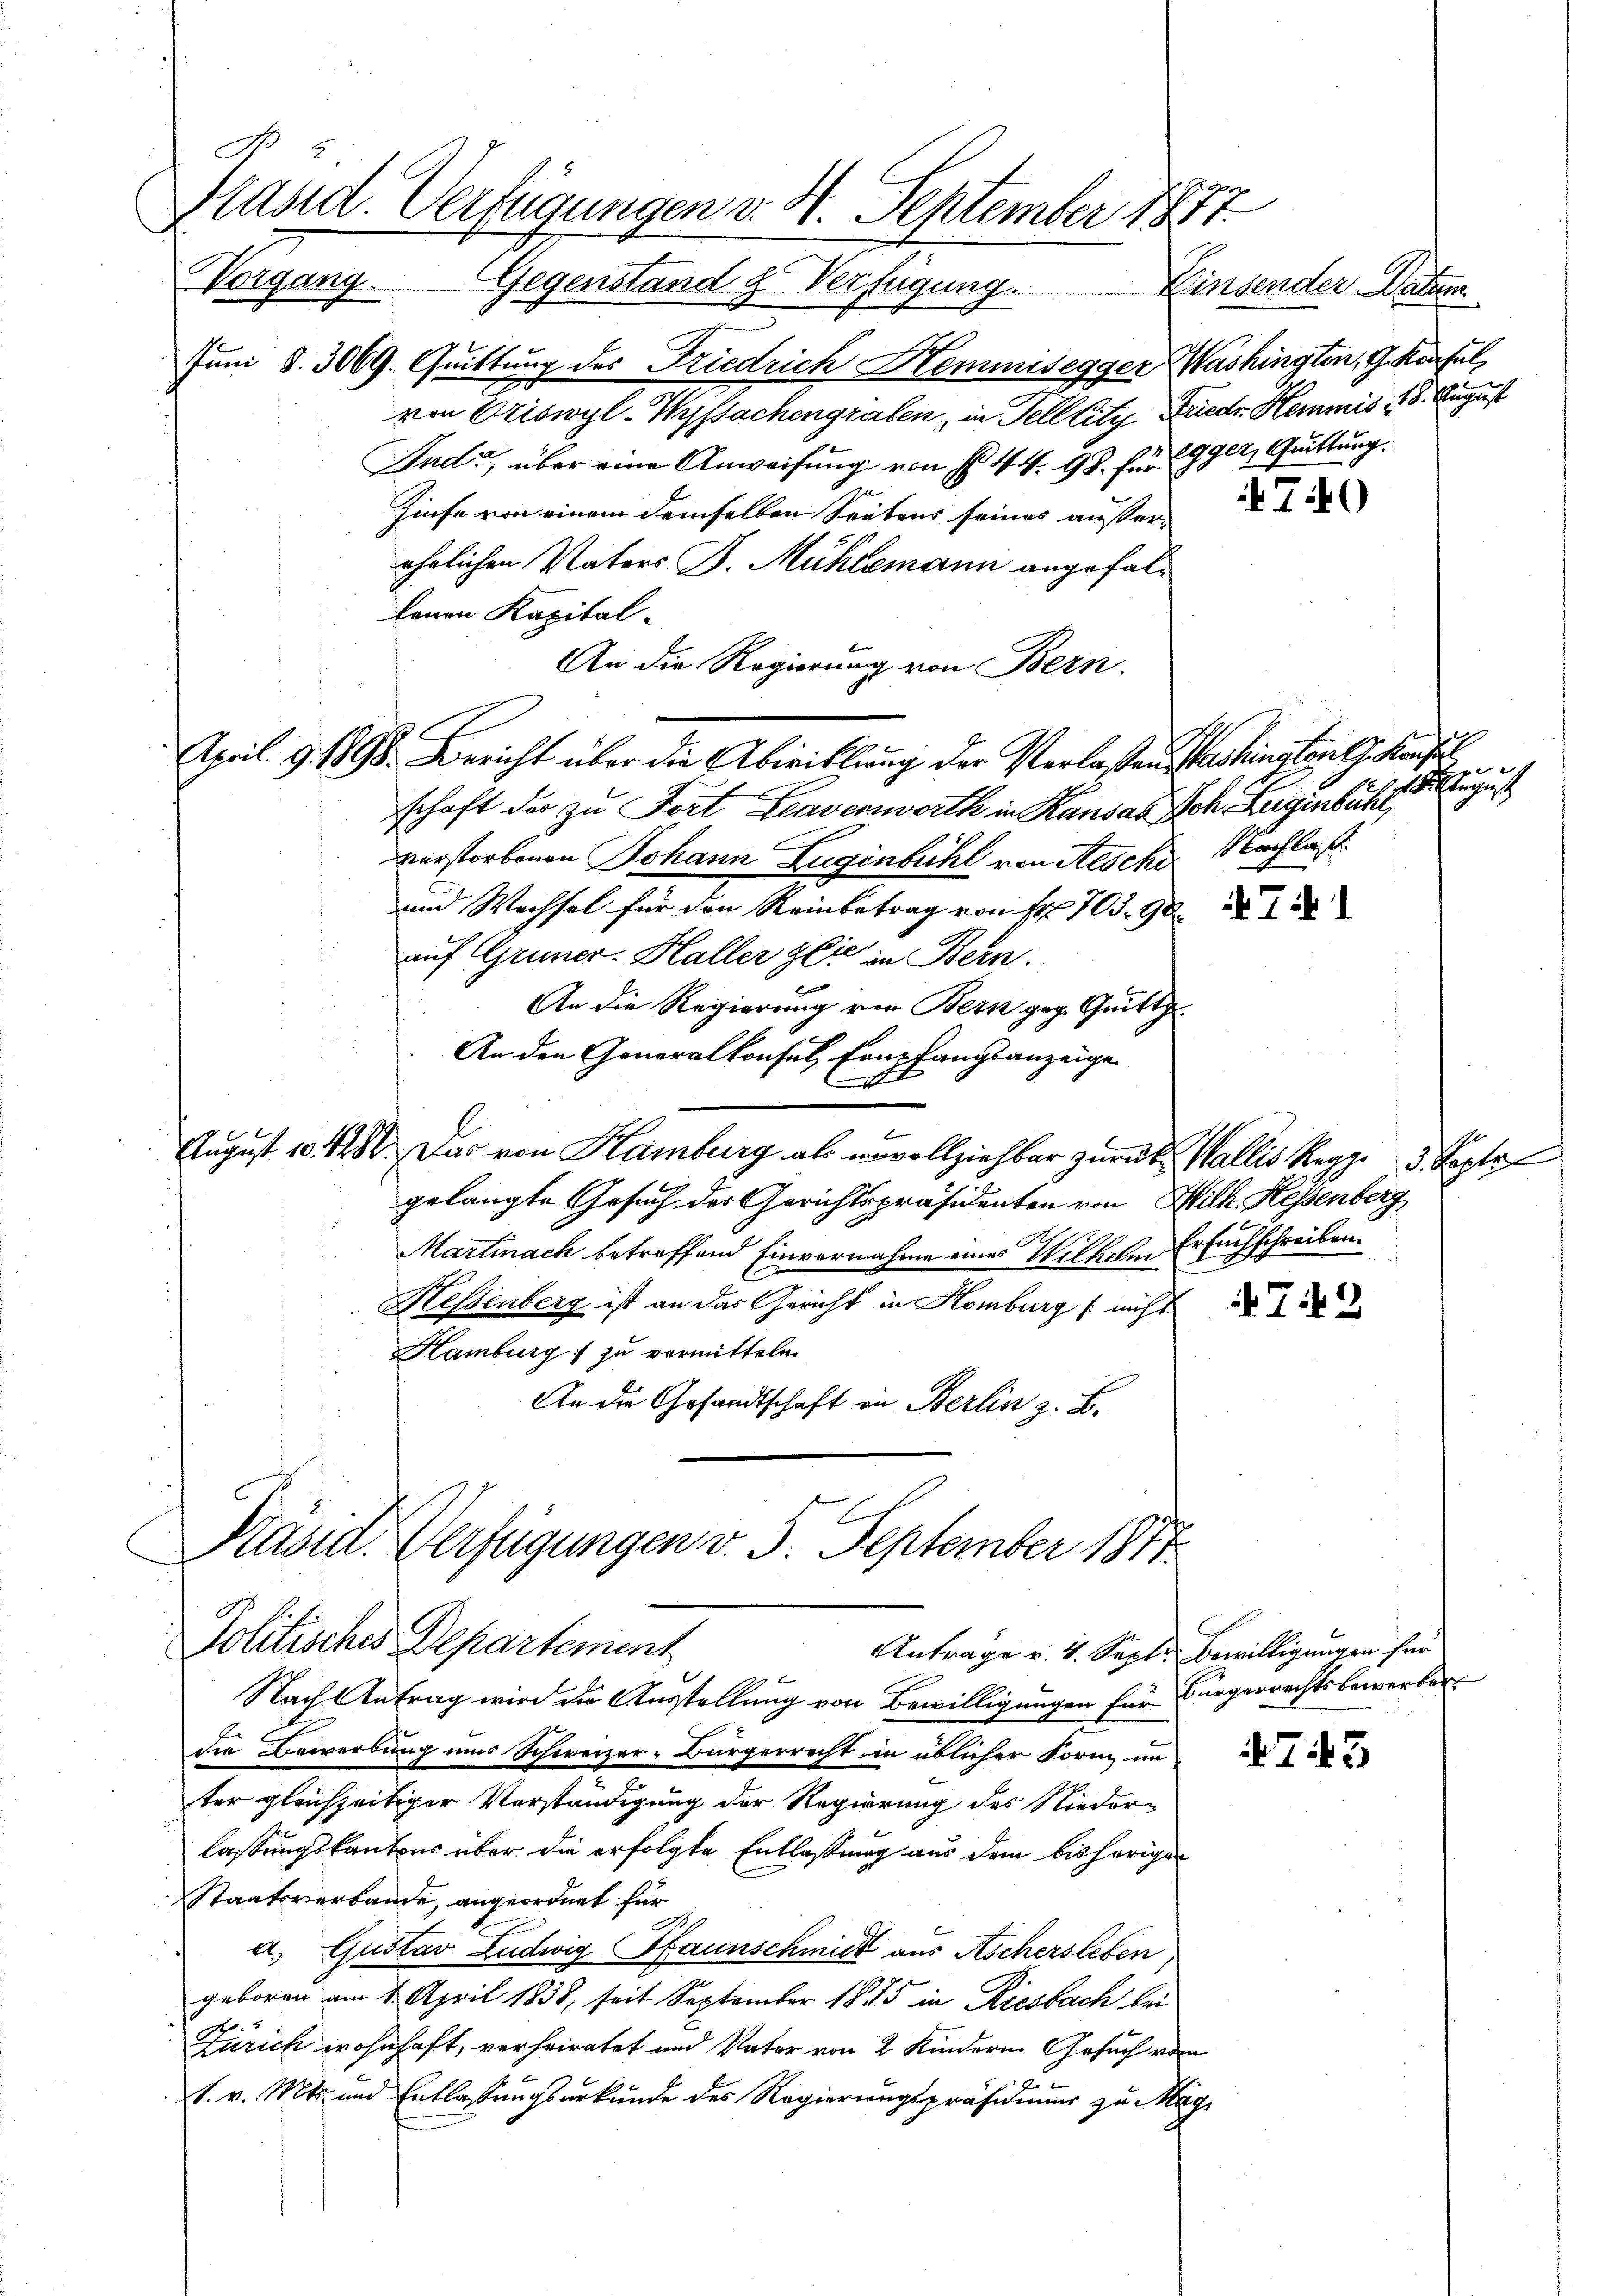
Präsid. Verfügungen v. 4. September 1877.
Worgang. Gegenstand & Verfügung. Einsender Datum

Juni §. 3069. Quittung des Friedrich Hemmsegger Washingten, G. Konsul
von Oriswyl-Wyssachengraben, in Tell lity Friedr. Hemmis 18. August
Ind, über eine Anweisung von N. 44. 98. für Gelt, Quittung.
Zinse von einem demselben Seitens seines ausserehrlichen Vaters J. Mühlemann angefalbenen Kapital-
An die Regierung von Bern.
April d. 1898. Bericht über die Abweiflung der Verlassen Washington Kaufl
schaft der zu Fort Leaverworth in Kansaz ich Zugenbühl,
verstorbenen Johann Zugenbühl von Aesche Nachlas
und Wachsel für den Reinbetrag von Fr. 703. 90
auf Gruner-Haller Zeit in Bern.
An die Regierung von Bern geg. Quitt
An den Generalkonsul Empfangsanzeige
.
e
August 10. 1288. Das von Hamburg als unvollziehbar zurück Wallis Reppe 3. Sep
gelangte Gesuch der Gerichtspräsidenten von Milk. Hessenberg
Martinach betreffend Einvernahme eines Wilhelme Ersuchschreiben.
Hessenberg ist an das Gericht in Homburg (nicht
Hamburg zu vermitteln
An die Gesandtschaft in Berlin z. B.
Präsid. Verfügungen v. 5. September 1811.

Politisches Departement
Antrage v. 4. Sept. Bewilligungen für

Nach Antrag wird die Ausstellung von Bewilligungen für Bürgerrechtsbewerker.
die Bewerbung mir Schweizer-Bürgerrecht in üblicher Form im
ter gleichzeitiger Verständigung der Regierung des Nieder-
lassungskantons über die erfolgte Entlassung aus dem bisherigen
Staatsverbande, angeordnet für
a. Gustav Ludwig Haunschmuck aus Aschersleben,
geboren am 1. April 1838, seit September 1875 in Riesbach bei
Zürich wohnhaft, verheiratet und Vater von 2 Kindern Gesuch vom
2 x
1. v. Mts. und Entlassungsurkunde des Regierungspräser zu Mag

740

h

741

T.9

745

Pesich

te